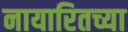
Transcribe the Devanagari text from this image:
नायारितच्या